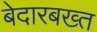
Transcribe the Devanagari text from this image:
बेदारबख्त